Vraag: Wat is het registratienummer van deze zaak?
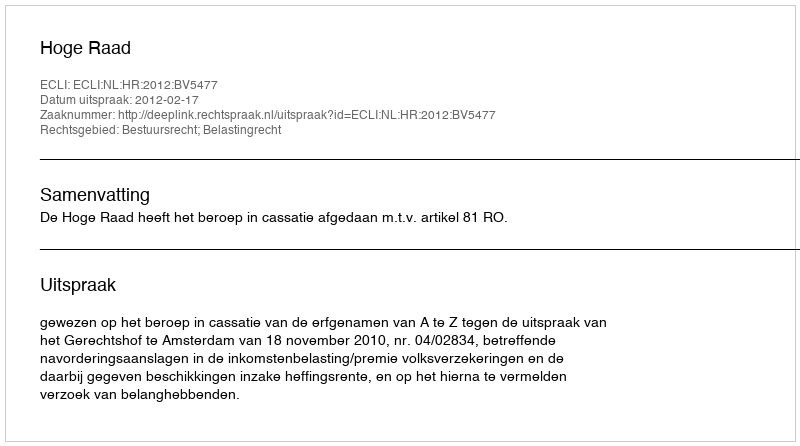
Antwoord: http://deeplink.rechtspraak.nl/uitspraak?id=ECLI:NL:HR:2012:BV5477